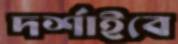
দর্শাইবে